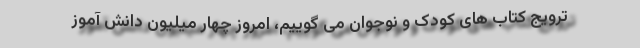
ترویج کتاب های کودک و نوجوان می گوییم، امروز چهار میلیون دانش آموز